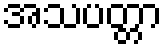
အသပတ္တာ